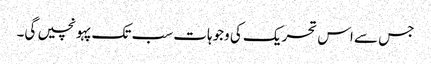
جس سے اس تحریک کی وجوہات سب تک پہونچیں گی۔